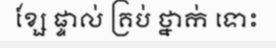
ខ្សែ ផ្ទាល់ គ្រប់ ថ្នាក់ ទោះ